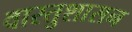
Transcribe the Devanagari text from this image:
वास्तुशासन